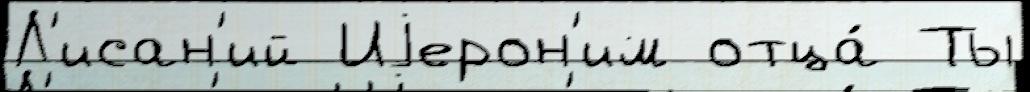
Л'исан'ий Иjерон'им отца́ Ты